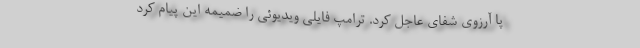
پا آرزوی شفای عاجل کرد. ترامپ فایلی ویدیوئی را ضمیمه این پیام کرد